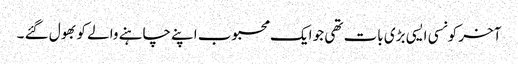
آخر کونسی ایسی بڑی بات تھی جو ایک محبوب اپنے چاہنے والے کو بھول گئے ۔